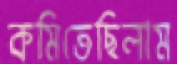
কমিতেছিলাম